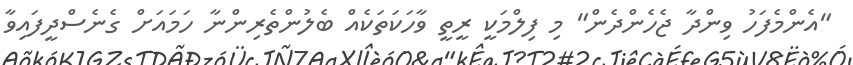
"އެންމެފަހު ވިންދާ ޖެހެންދެން" މި ފިލްމަކީ ރީތީ ވާހަކަތަކެއް ބެލުންތެރިންނާ ހަމައަށް ގެނެސްދީފައިވާ